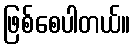
ဖြစ်စေပါတယ်။